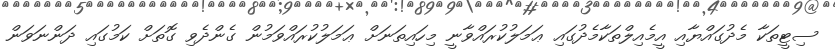
ސިޓީތަކާ މެދުގައްޔާއި އީމެއިލްތަކާމެދުގައި ޢަމަލުކުރައްވާނީ މިހައިތަނަށް ޢަމަލުކުރައްވަމުން ގެންދެވި ގޮތަށް ކަމުގައި ދަންނަވަން